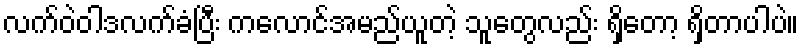
လက်ဝဲဝါဒလက်ခံပြီး ကလောင်အမည်ယူတဲ့ သူတွေလည်း ရှိတော့ ရှိတာပါပဲ။